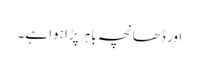
اور ڈھانچہ باہر پڑا ہوا ہے۔